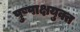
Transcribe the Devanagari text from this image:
पुष्पाक्षयुक्त